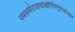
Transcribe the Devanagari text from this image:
यमधर्मराजायाश्रीचित्रगुप्तभगवान